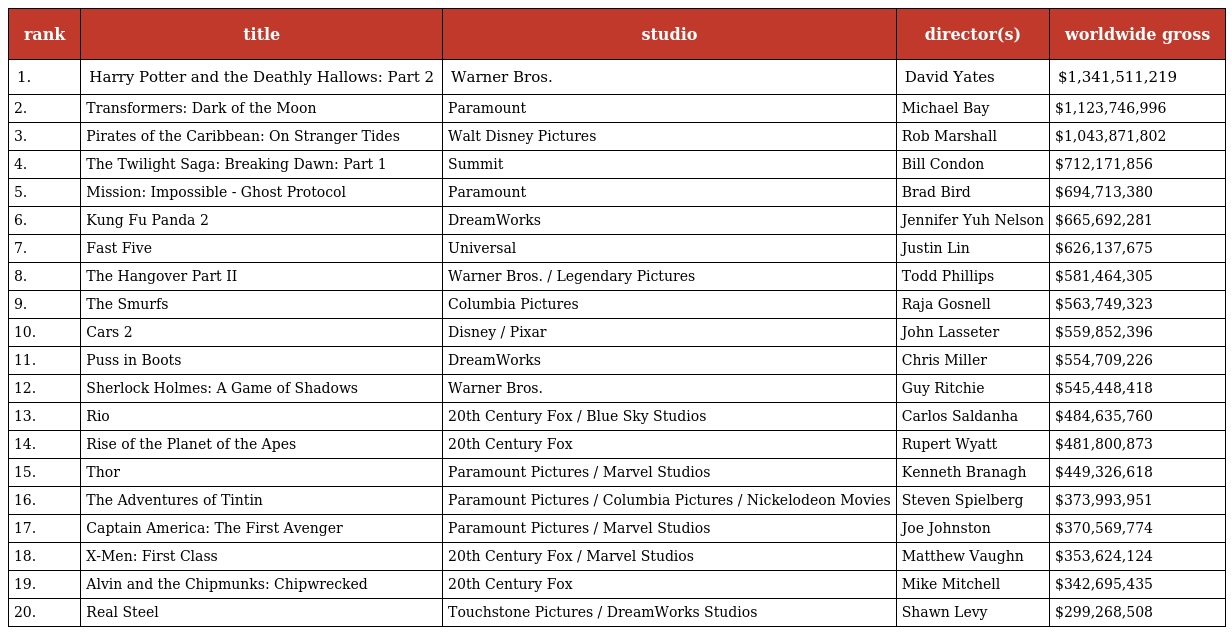
| rank | title | studio | director(s) | worldwide gross |
 | --- | --- | --- | --- | --- |
 | 1. | Harry Potter and the Deathly Hallows: Part 2 | Warner Bros. | David Yates | $1,341,511,219 |
 | 2. | Transformers: Dark of the Moon | Paramount | Michael Bay | $1,123,746,996 |
 | 3. | Pirates of the Caribbean: On Stranger Tides | Walt Disney Pictures | Rob Marshall | $1,043,871,802 |
 | 4. | The Twilight Saga: Breaking Dawn: Part 1 | Summit | Bill Condon | $712,171,856 |
 | 5. | Mission: Impossible - Ghost Protocol | Paramount | Brad Bird | $694,713,380 |
 | 6. | Kung Fu Panda 2 | DreamWorks | Jennifer Yuh Nelson | $665,692,281 |
 | 7. | Fast Five | Universal | Justin Lin | $626,137,675 |
 | 8. | The Hangover Part II | Warner Bros. / Legendary Pictures | Todd Phillips | $581,464,305 |
 | 9. | The Smurfs | Columbia Pictures | Raja Gosnell | $563,749,323 |
 | 10. | Cars 2 | Disney / Pixar | John Lasseter | $559,852,396 |
 | 11. | Puss in Boots | DreamWorks | Chris Miller | $554,709,226 |
 | 12. | Sherlock Holmes: A Game of Shadows | Warner Bros. | Guy Ritchie | $545,448,418 |
 | 13. | Rio | 20th Century Fox / Blue Sky Studios | Carlos Saldanha | $484,635,760 |
 | 14. | Rise of the Planet of the Apes | 20th Century Fox | Rupert Wyatt | $481,800,873 |
 | 15. | Thor | Paramount Pictures / Marvel Studios | Kenneth Branagh | $449,326,618 |
 | 16. | The Adventures of Tintin | Paramount Pictures / Columbia Pictures / Nickelodeon Movies | Steven Spielberg | $373,993,951 |
 | 17. | Captain America: The First Avenger | Paramount Pictures / Marvel Studios | Joe Johnston | $370,569,774 |
 | 18. | X-Men: First Class | 20th Century Fox / Marvel Studios | Matthew Vaughn | $353,624,124 |
 | 19. | Alvin and the Chipmunks: Chipwrecked | 20th Century Fox | Mike Mitchell | $342,695,435 |
 | 20. | Real Steel | Touchstone Pictures / DreamWorks Studios | Shawn Levy | $299,268,508 |